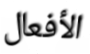
الأفعال